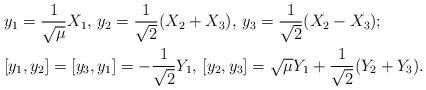
\begin{align*} &y_1=\frac{1}{\sqrt{\mu}}X_1, \, y_2=\frac{1}{\sqrt{2}}(X_2+X_3), \, y_3=\frac{1}{\sqrt{2}}(X_2-X_3);\\ &[y_1,y_2]=[y_3,y_1]=-\frac{1}{\sqrt{2}} Y_1, \, [y_2,y_3]= \sqrt{\mu}Y_1+\frac{1}{\sqrt{2}}(Y_2+Y_3).\end{align*}